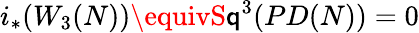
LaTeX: i_{*}(W_{3}(N))\equivS\mathsf{q}^{3}(PD(N))=0